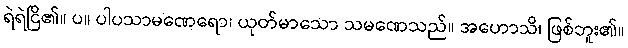
ရဲရဲငြိ၏။ ပ။ ပါပသာမဏေရော၊ ယုတ်မာသော သမဏေသည်။ အဟောသိ၊ ဖြစ်ဘူး၏။